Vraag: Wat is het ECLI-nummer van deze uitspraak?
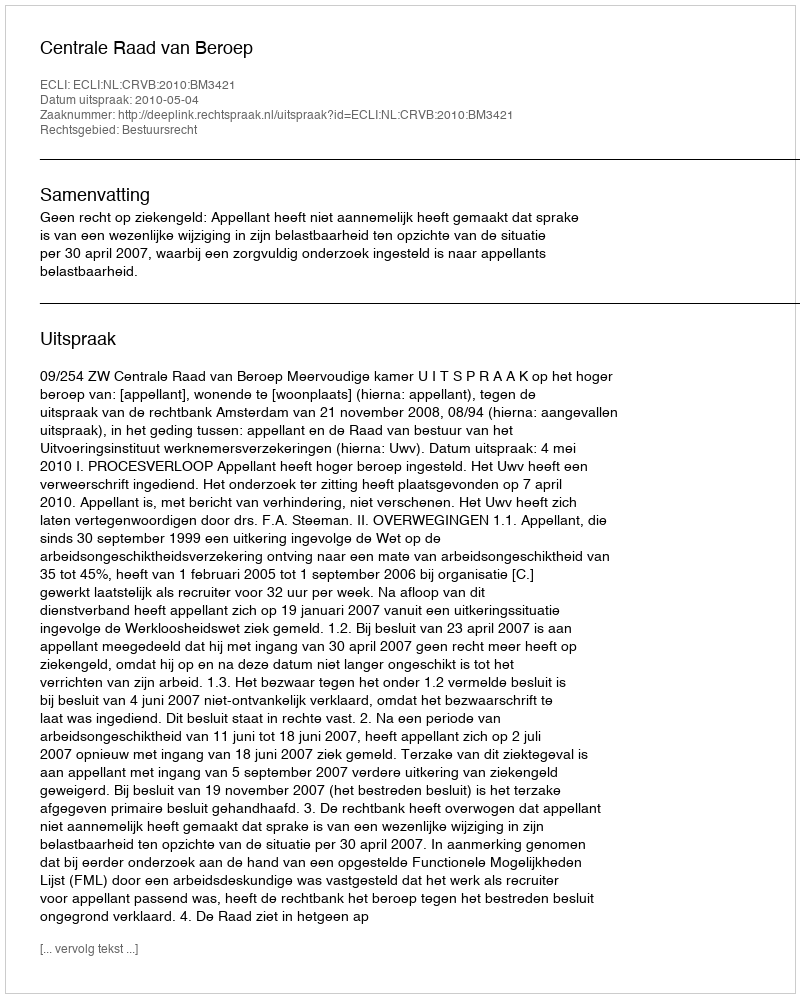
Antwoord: ECLI:NL:CRVB:2010:BM3421